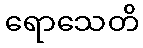
ရောသေတိ